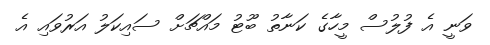
ވަނީ އެ ފުލުސް މީހާގެ ކަނާތު ބޫޓު މައްޗަށް ސައިކަލު އަރުވައި އެ